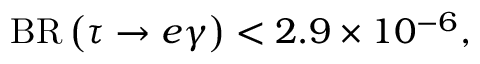
{ \mathrm { B R } } \left( \tau \to e \gamma \right) < 2 . 9 \times 1 0 ^ { - 6 } ,